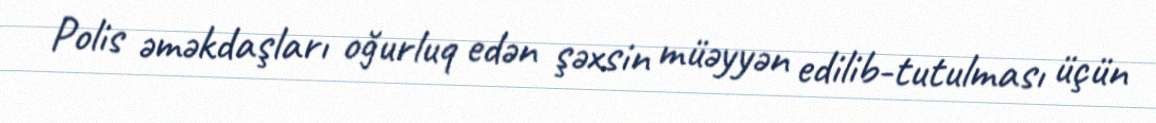
Polis əməkdaşları oğurluq edən şəxsin müəyyən edilib-tutulması üçün